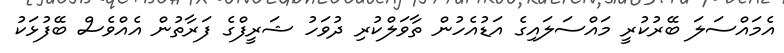
އެމައްސަލަ ބޭރުކުރީ މައްސަލައިގެ އަޑުއެހުން ތާވަލްކުރި ދުވަހު ޝަރީފްގެ ފަރާތުން އެއްވެސް ބޭފުޅަކު